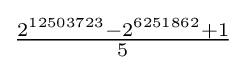
{\tfrac {2^{12503723}-2^{6251862}+1}{5}}